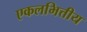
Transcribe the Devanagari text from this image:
एकलभित्तीय